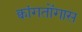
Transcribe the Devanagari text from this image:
क्वांगतोंगास